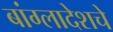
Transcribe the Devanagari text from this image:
बांग्लादेशचे